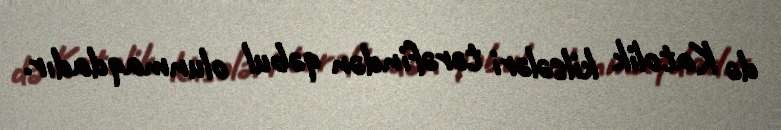
də Katolik kilsələri tərəfindən qəbul olunmaqdadır.